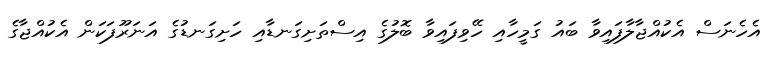
އެހެނަސް އެކުއްޖާލާފައިވާ ބައު ގަމީހާއި ހޭވިފައިވާ ބޮލުގެ އިސްތަށިގަނޑާއި ހަށިގަނޑުގެ އަނަރޫފަކަން އެކުއްޖާގެ